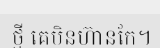
ថ្មី គេមិនហ៊ានកែ។